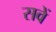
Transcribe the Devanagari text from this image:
सवें